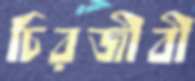
চিরজীবী